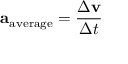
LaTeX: \mathbf { a } _ { \mathrm { a v e r a g e } } = { \frac { \Delta \mathbf { v } } { \Delta t } }